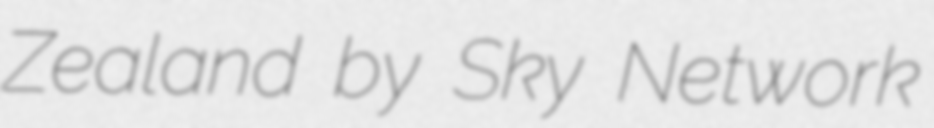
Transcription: Zealand by Sky Network